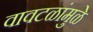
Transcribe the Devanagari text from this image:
वावटळांमुळे